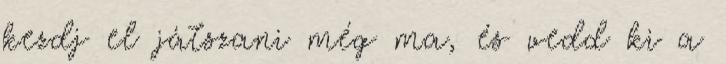
kezdj el játszani még ma, és vedd ki a